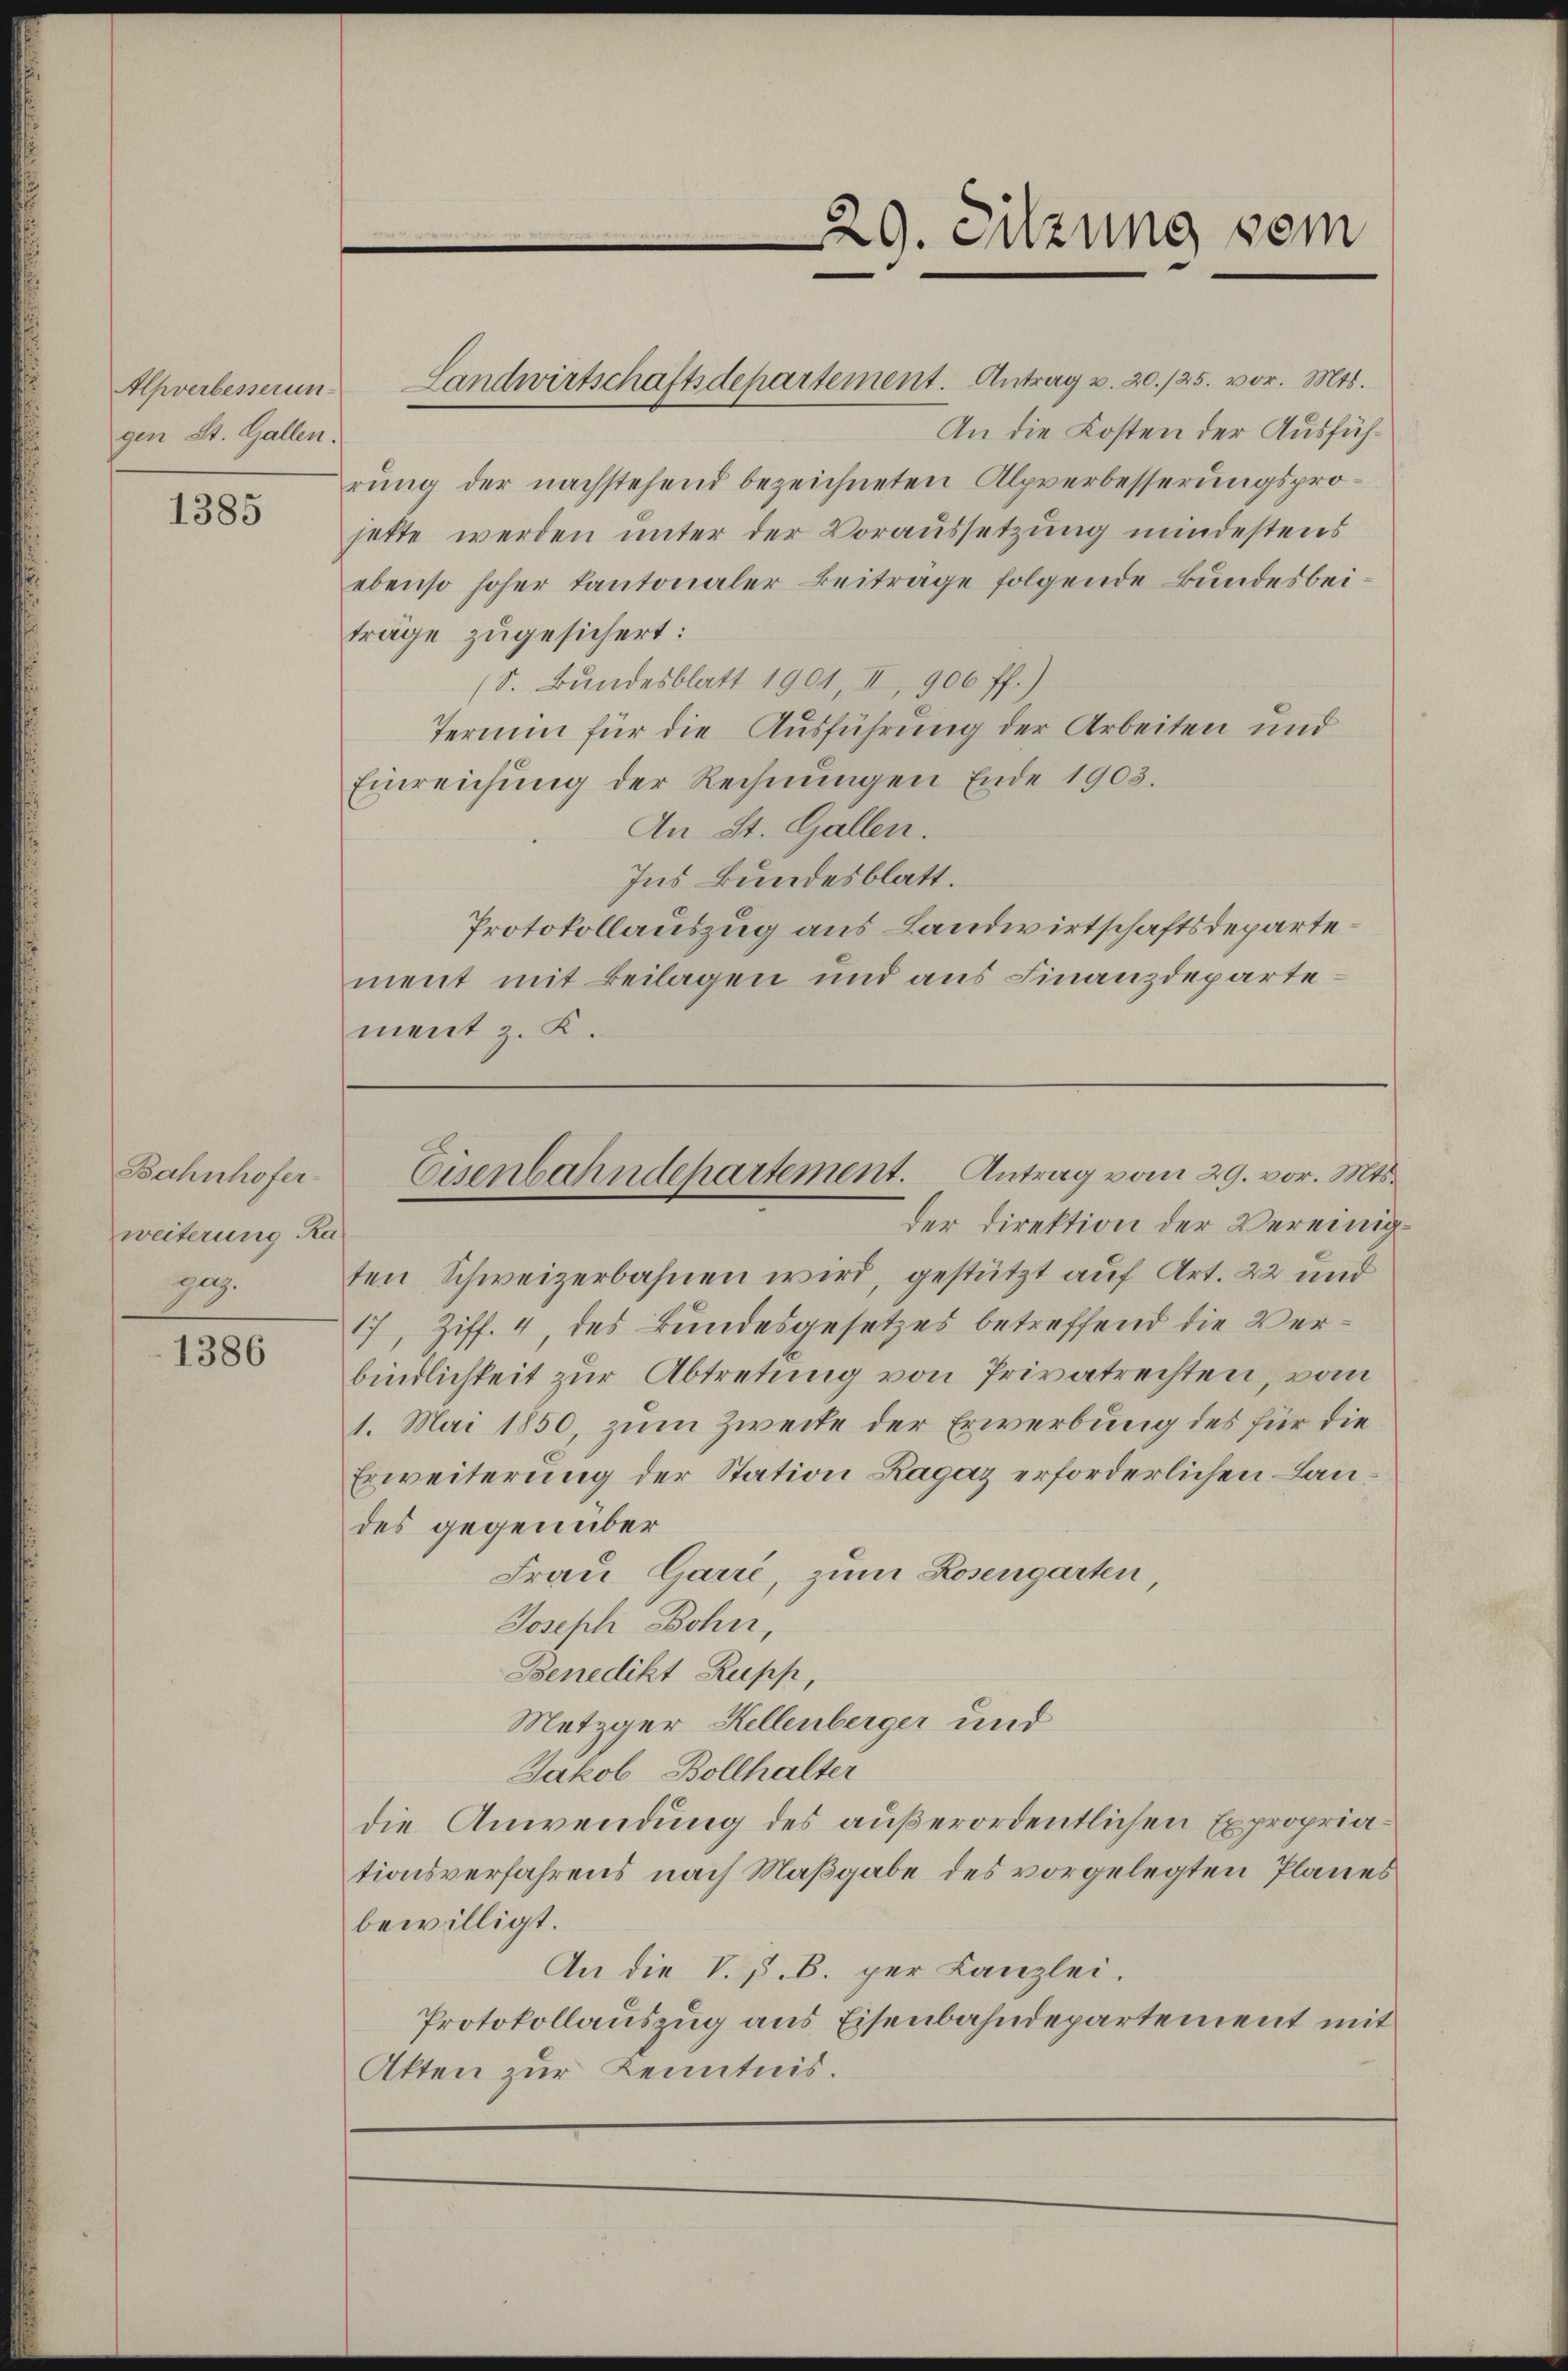
Alpverbesserun-
gen St. Gallen:

1385

Bahnhofer-
weiterung Ra
geg.

1386

Landwirtschaftsdepartement. Antrag v. 20./25. vor. Mts.
An die Kosten der Ausführung der nachstehend bezeichneten Alpverbesserungsprojette werden unter der Voraussetzung mindestens
ebenso hoher kantonaler Beitrage folgende Bundesbeiträge zugesichert:
(S. Bundesblatt 1901, II, 906 ff.)
Termin für die Ausführung der Arbeiten und
Einreichung der Rechnŭngen Ende 1903.
An St. Gallen.
Ins Bundesblatt.
Protokollauszug aus Landwirtschaftsdepartement mit Beilagen und aus Finanzdepartement z. K.

der Direktion der Vereinigten Schweizerbahnen wird, gestützt auf Art. 22 und
17, Ziff. 4, des Bundesgesetzes betreffend die Verbindlichkeit zur Abtretung von Privatrechten, vom
1. Mai 1850, zum Zwecke der Erwerbung des für die
Erweiterung der Station Ragaz erforderlichen Landes gegenüber
Frau Carre, zum Rosengarten,
Joseph Bohn,
Benedikt Rupp,
Metzger Hellenberger und
Jakob Bollhalter
die Anwendung des außerordentlichen Expropriationsverfahrens nach Maßgabe des vorgelegten Planes
bewilligt.
An die V. P. B. per Kanzlei.
Protokollauszug aus Eisenbahndepartement mit
Akten zur Kenntnis.

29. Sitzung vom

Eisenbahndepartement. Antrag vom 29. vor. Mts.